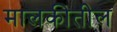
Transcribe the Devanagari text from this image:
मालकीतील